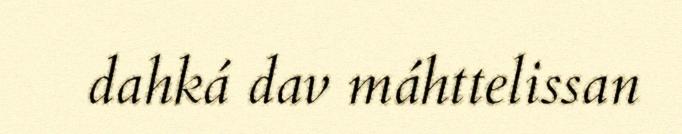
dahká dav máhttelissan